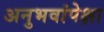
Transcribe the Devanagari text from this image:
अनुभवांपेक्षा